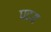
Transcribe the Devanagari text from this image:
पदय